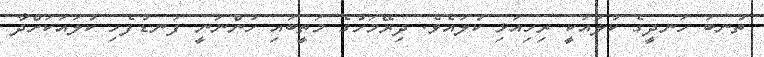
ތުނބަ ހަނދީގެ ކުލައަކީ ރިހިއަޅި ކުލައެވެ. ދިރޭމަހުގެ މަތީބައި ހުންނަނީ ފަނޑުފެހި ކުލައަކަށްދާ